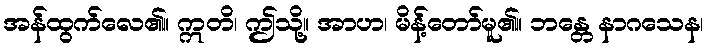
အန်ထွက်လေ၏။ ဣတိ၊ ဤသို့။ အာဟ၊ မိန့်တော်မူ၏။ ဘန္တေ နာဂသေန၊